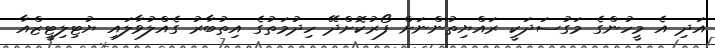
އަދި އެ މީހުންގެ މަގުސަދަކީ ރައްޔިތުންނަށް ފޯރުކޮށްދޭ ހިދުމަތުގެ އިތުބާރު ގެއްލުވާލައި ޔުޓިލިޓީޒްއާ